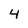
Character: 4